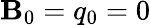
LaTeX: \mathbf{B}_{0}=q_{0}=0